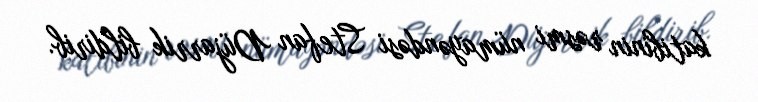
katibinin rəsmi nümayəndəsi Stefan Düjarrik bildirib.